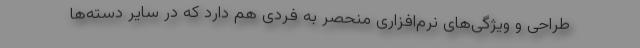
طراحی و ویژگی‌های نرم‌افزاری منحصر به فردی هم دارد که در سایر دسته‌ها